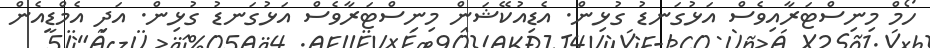
ހޯމް މިނިސްޓަރާއިވެސް އަޅުގަނޑު ގުޅިން. އެޑިއުކޭޝަން މިނިސްޓަރާވެސް އަޅުގަނޑު ގުޅިން. އަދި އެމްޑީއެން